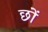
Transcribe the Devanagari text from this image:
छों